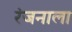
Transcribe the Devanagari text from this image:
रंजनाला